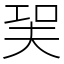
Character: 㠬